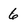
Character: 6